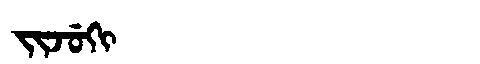
Manchu: ᠵᡳᠵᡠᡴᡳ
Romanization: JIJUKI